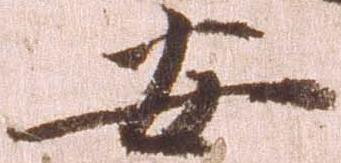
安